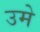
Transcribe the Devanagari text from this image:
उमे